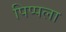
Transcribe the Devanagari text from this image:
पिप्पला